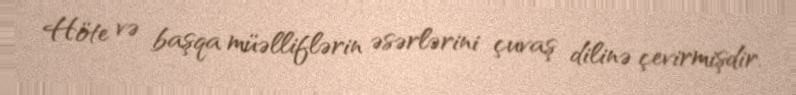
Höte və başqa müəlliflərin əsərlərini çuvaş dilinə çevirmişdir.